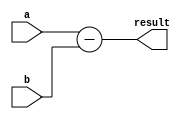
module Subtractor (
  input wire [7:0] a,
  input wire [7:0] b,
  output reg [7:0] result
);

always @(*) begin
  result = a - b;
end

endmodule